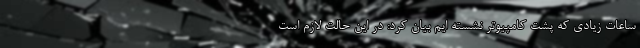
ساعات زیادی که پشت کامپیوتر نشسته ایم بیان کرد: در این حالت لازم است